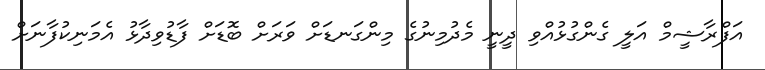
އަފްރާޝީމް އަލީ ގެންގުޅުއްވި ދީނީ މެދުމިނުގެ މިންގަނޑަށް ވަރަށް ބޮޑަށް ފާޑުވިދާޅު އެމަނިކުފާނަށް